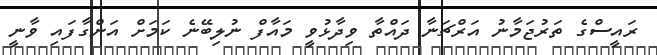
ރައީސްގެ ތަރުޖަމާނު އަރްޗަނާ ދައްތާ ވިދާޅުވީ މައާފް ނުލިބޭނެ ކަމަށް އަންގާފައި ވާނީ